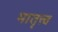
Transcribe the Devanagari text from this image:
मातृत्त्व